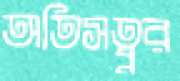
অতিসত্ব্বর